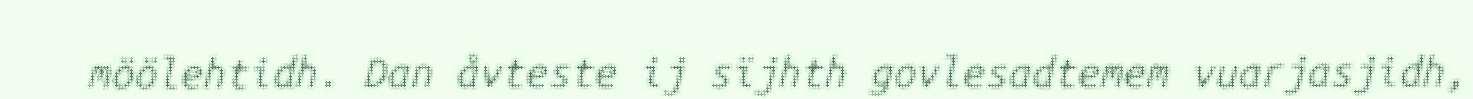
möölehtidh. Dan åvteste ij sïjhth govlesadtemem vuarjasjidh,